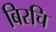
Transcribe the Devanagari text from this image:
बिरचि